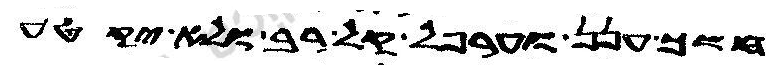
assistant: חשך ענן וערפל קל רב ולא יקטע